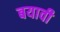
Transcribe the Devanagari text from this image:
बयावी